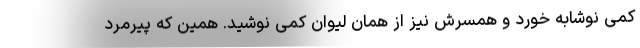
کمی نوشابه خورد و همسرش نیز از همان لیوان کمی نوشید. همین که پیرمرد